Scottish Leaving Certificate Examination, 1955
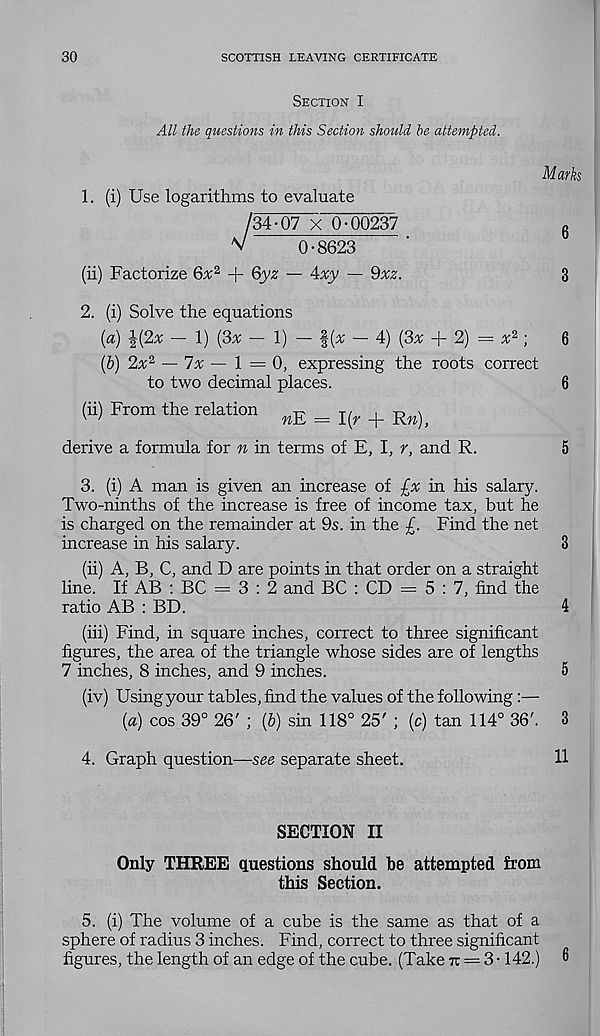
30
SCOTTISH LEAVING CERTIFICATE
Section I
All the questions in this Section should he attempted.
Marks
1. (i) Use logarithms to evaluate
/34-07 X 0-00237
6
^
0-8623
(ii) Factorize 6x 2 + 6yz — 4xy — 9xz.
3
2. (i) Solve the equations
{a) 1(2* - 1) (3* - 1) - f (* - 4) (3* + 2) = * 2 ;
6
(b) 2* 2 — 7* — 1 = 0, expressing the roots correct
to two decimal places.
6
(ii) From the relation ^ = I(| , + R#) _
derive a formula for n in terms of E, I, r, and R.
5
3. (i) A man is given an increase of £x in his salary.
Two-ninths of the increase is free of income tax, but he
is charged on the remainder at 9s. in the £. Find the net
increase in his salary.
3
(ii) A, B, C, and D are points in that order on a straight
line. If AB : BC = 3:2 and BC : CD = 5:7, find the
ratio AB : BD.
4
(hi) Find, in square inches, correct to three significant
figures, the area of the triangle whose sides are of lengths
7 inches, 8 inches, and 9 inches.
5
(iv) Using your tables, find the values of the following:—
(a) cos 39° 26' ; {b) sin 118° 25' ; (c) tan 114° 36'. 3
4. Graph question—see separate sheet.
11
SECTION II
Only THREE questions should be attempted from
this Section.
5. (i) The volume of a cube is the same as that of a
sphere of radius 3 inches. Find, correct to three significant
figures, the length of an edge of the cube. (Take 7t = 3 • 142.) 6